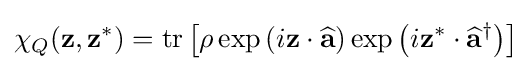
\chi _{Q}(\mathbf {z} ,\mathbf {z} ^{*})=\operatorname {tr} \left[\rho \exp \left(i\mathbf {z} \cdot {\widehat {\mathbf {a} }}\right)\exp \left(i\mathbf {z} ^{*}\cdot {\widehat {\mathbf {a} }}^{\dagger }\right)\right]